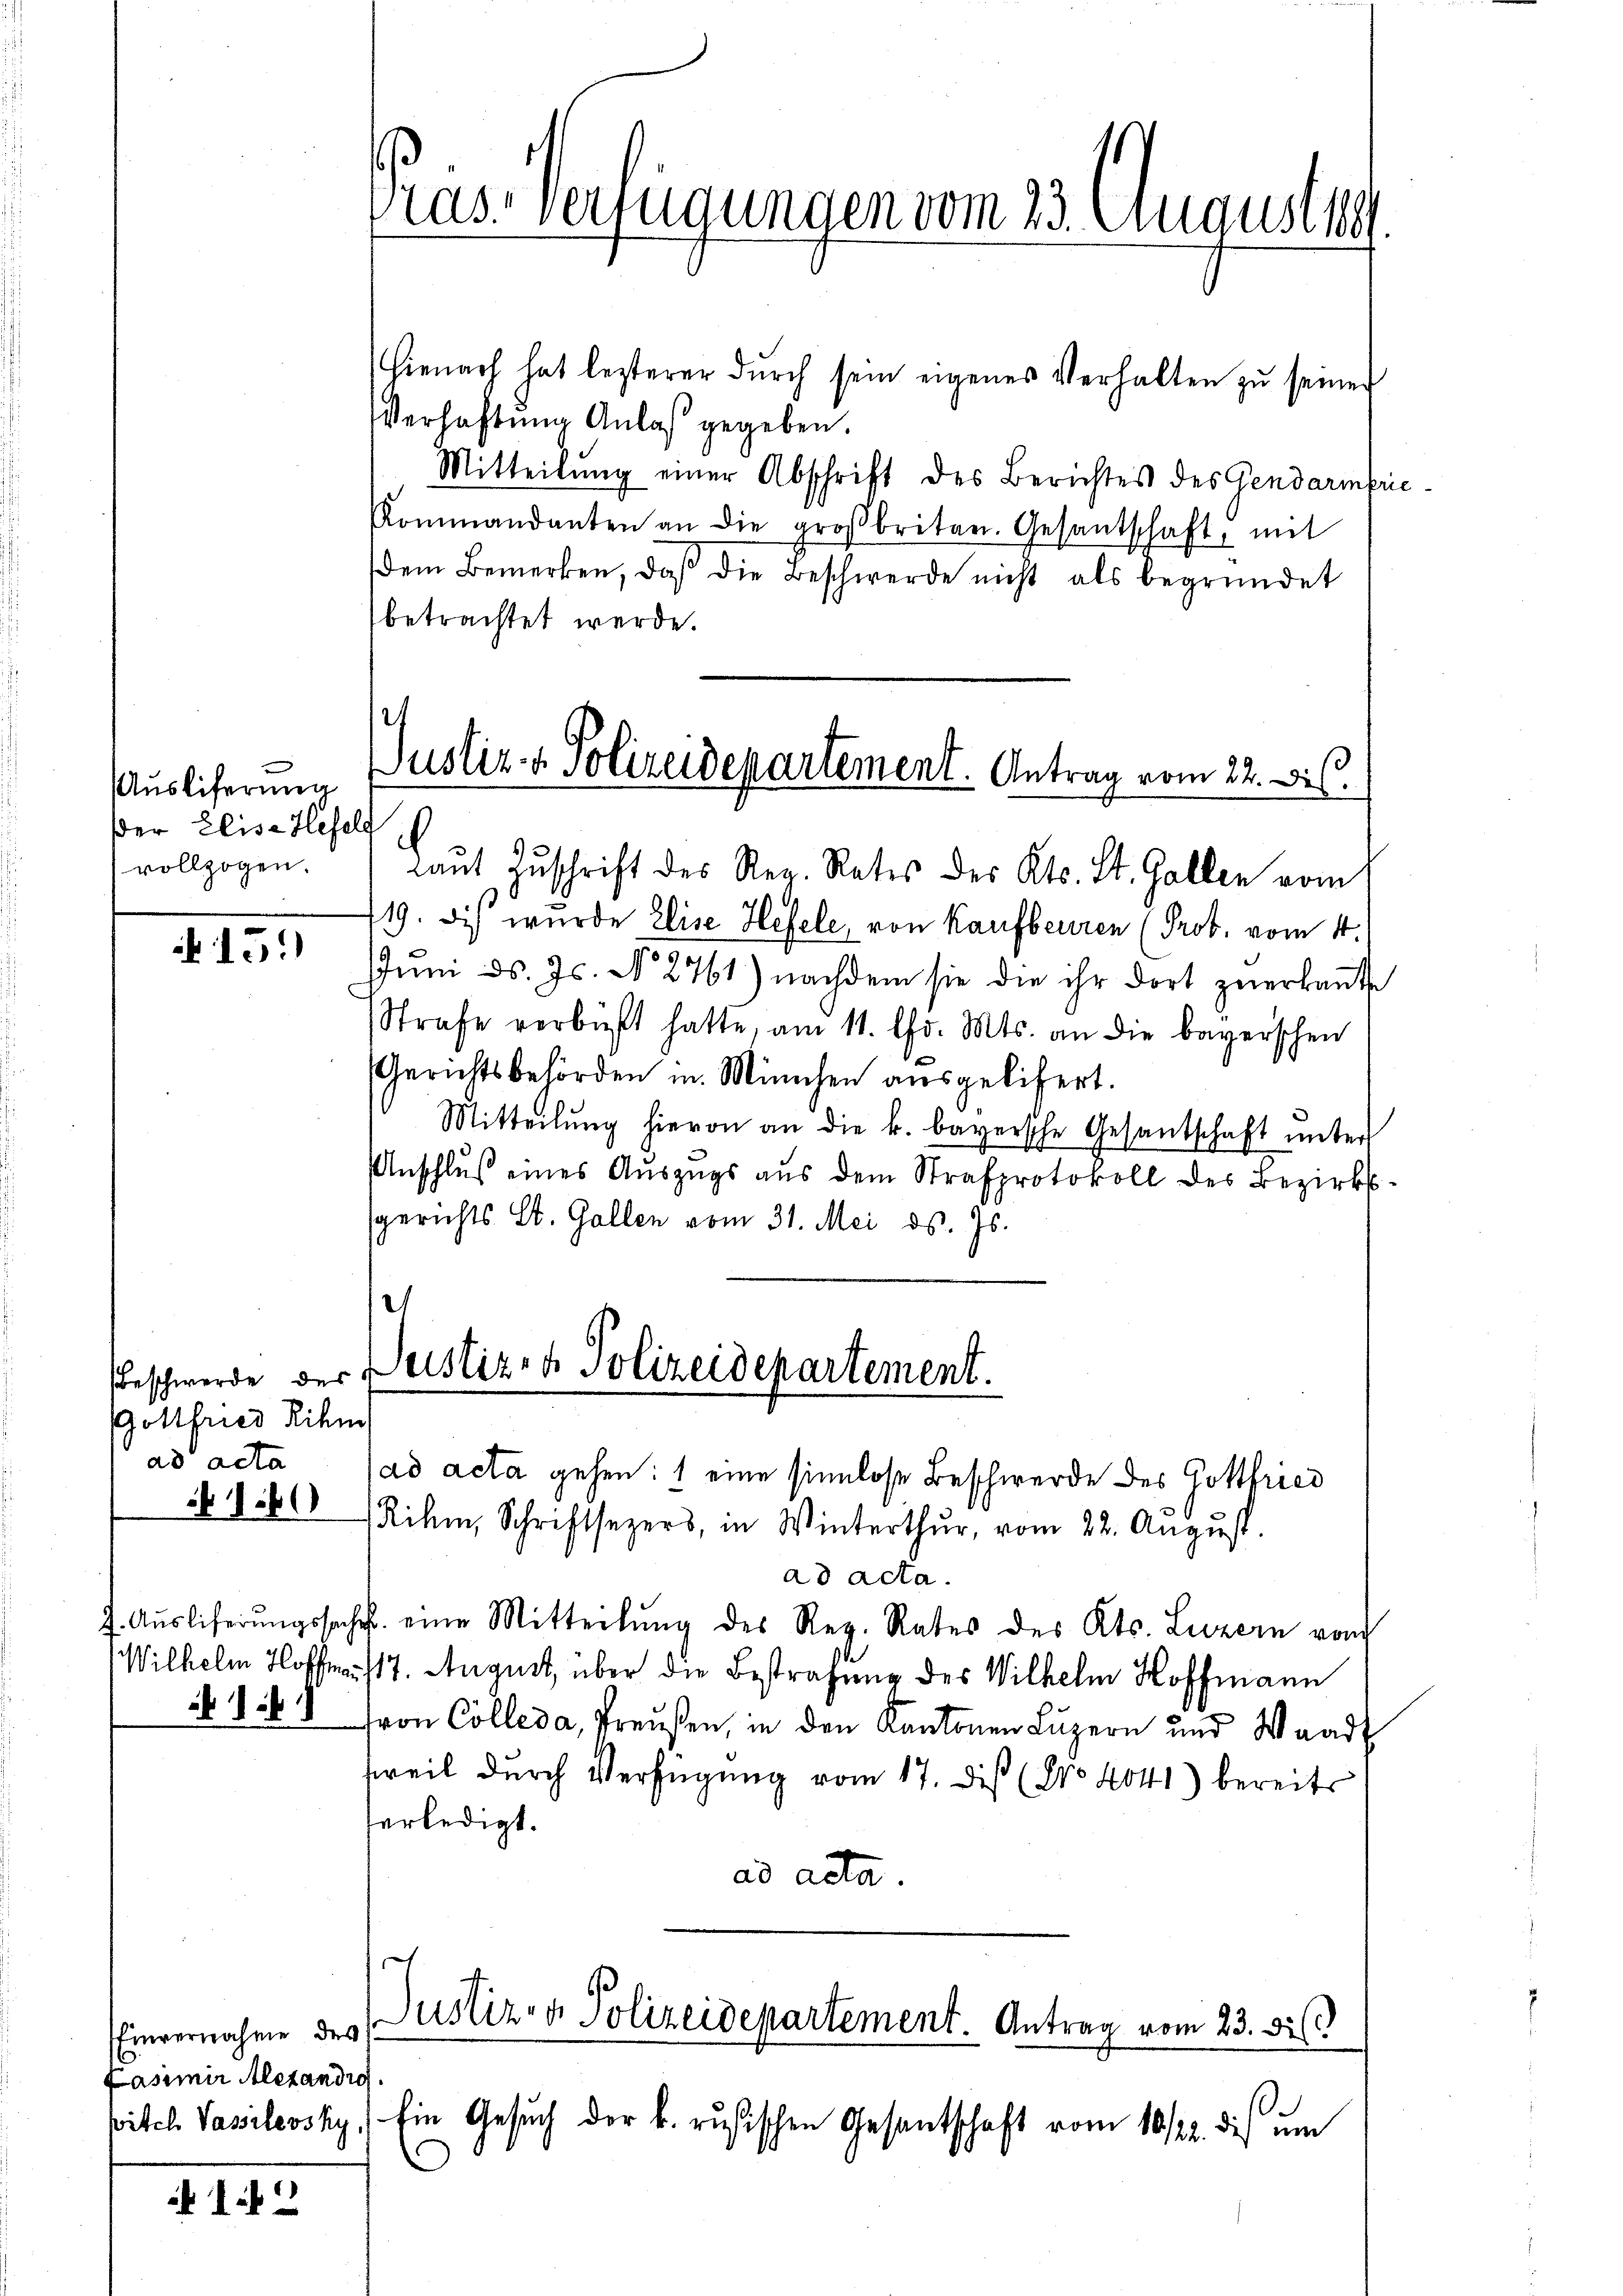
Auslieferung
Der Elise Hefel
vollzogen.

15.)

Gottfried ihm
ad acta
160

Einvernahme des
asimir Alexandig.
Bitch Vassilewsky,

142

Vras-Verfügungen vom 23. August 18

Justiz- & Polizeidepartement. Antrag vom 22. Dis

Hienach hat lezterer dŭrch sein eigenes Verhalten zŭ seiner
Verhaftung Anlaß gegeben.
Mitteilŭng einer Abschrift des Berichtes des Gendarmbri
Kommandanten an die groβbriten. Gesantschaft, mit
dem Bemerken, daβ die Beschwerde nicht als begründet
betrachtet werde.
Laŭt Zŭschrift des Reg. Rates des Kts. St. Gallen vom
119. Dies wurde Elise Hefele, von Kaufbeuren (Prob. vom 4.
JJuni d. Js. No 2761) nachdem sie die ihr dort zuerkannte
Strafe verbüßt hatte, am 11. d. Mts. an die bayerschen
Gerichtsbehörden in München ausgelifert.
Mitteilŭng hievon an die k. bayersche Gesantschaft ŭnter
Anschluß eines Auszugs aus dem Strafprotokoll des Bezirkssgerichts St. Gallen vom 31. Mai d. Js.
Beschwerde der Justiz- & Polizeidepartement.

ad acta gehen: 1 eine sinnlose Beschwerde des Gottfried
Rihm, Schriftsezers, in Winterthur, vom 22. August.
ad acta.
J. Aŭsliferŭngssache eine Mitteilŭng des Reg. Rates des Kts. Luzern vom
Wilhelm Hoff. 17. August, über die Bestrafung des Wilhelm Hoffmann
N 1848 von Collega, Preußen, in den Kantonen Luzern und Waadt
sweil durch Verfügung vom 17. dis (Nro 4041) bereits
erledigt.
ad acta.
Justiz- & Polizeidepartement. Antrag vom 23. di

Ein Gesuch der k. rusischen Gesantschaft vom 16/22. dies um